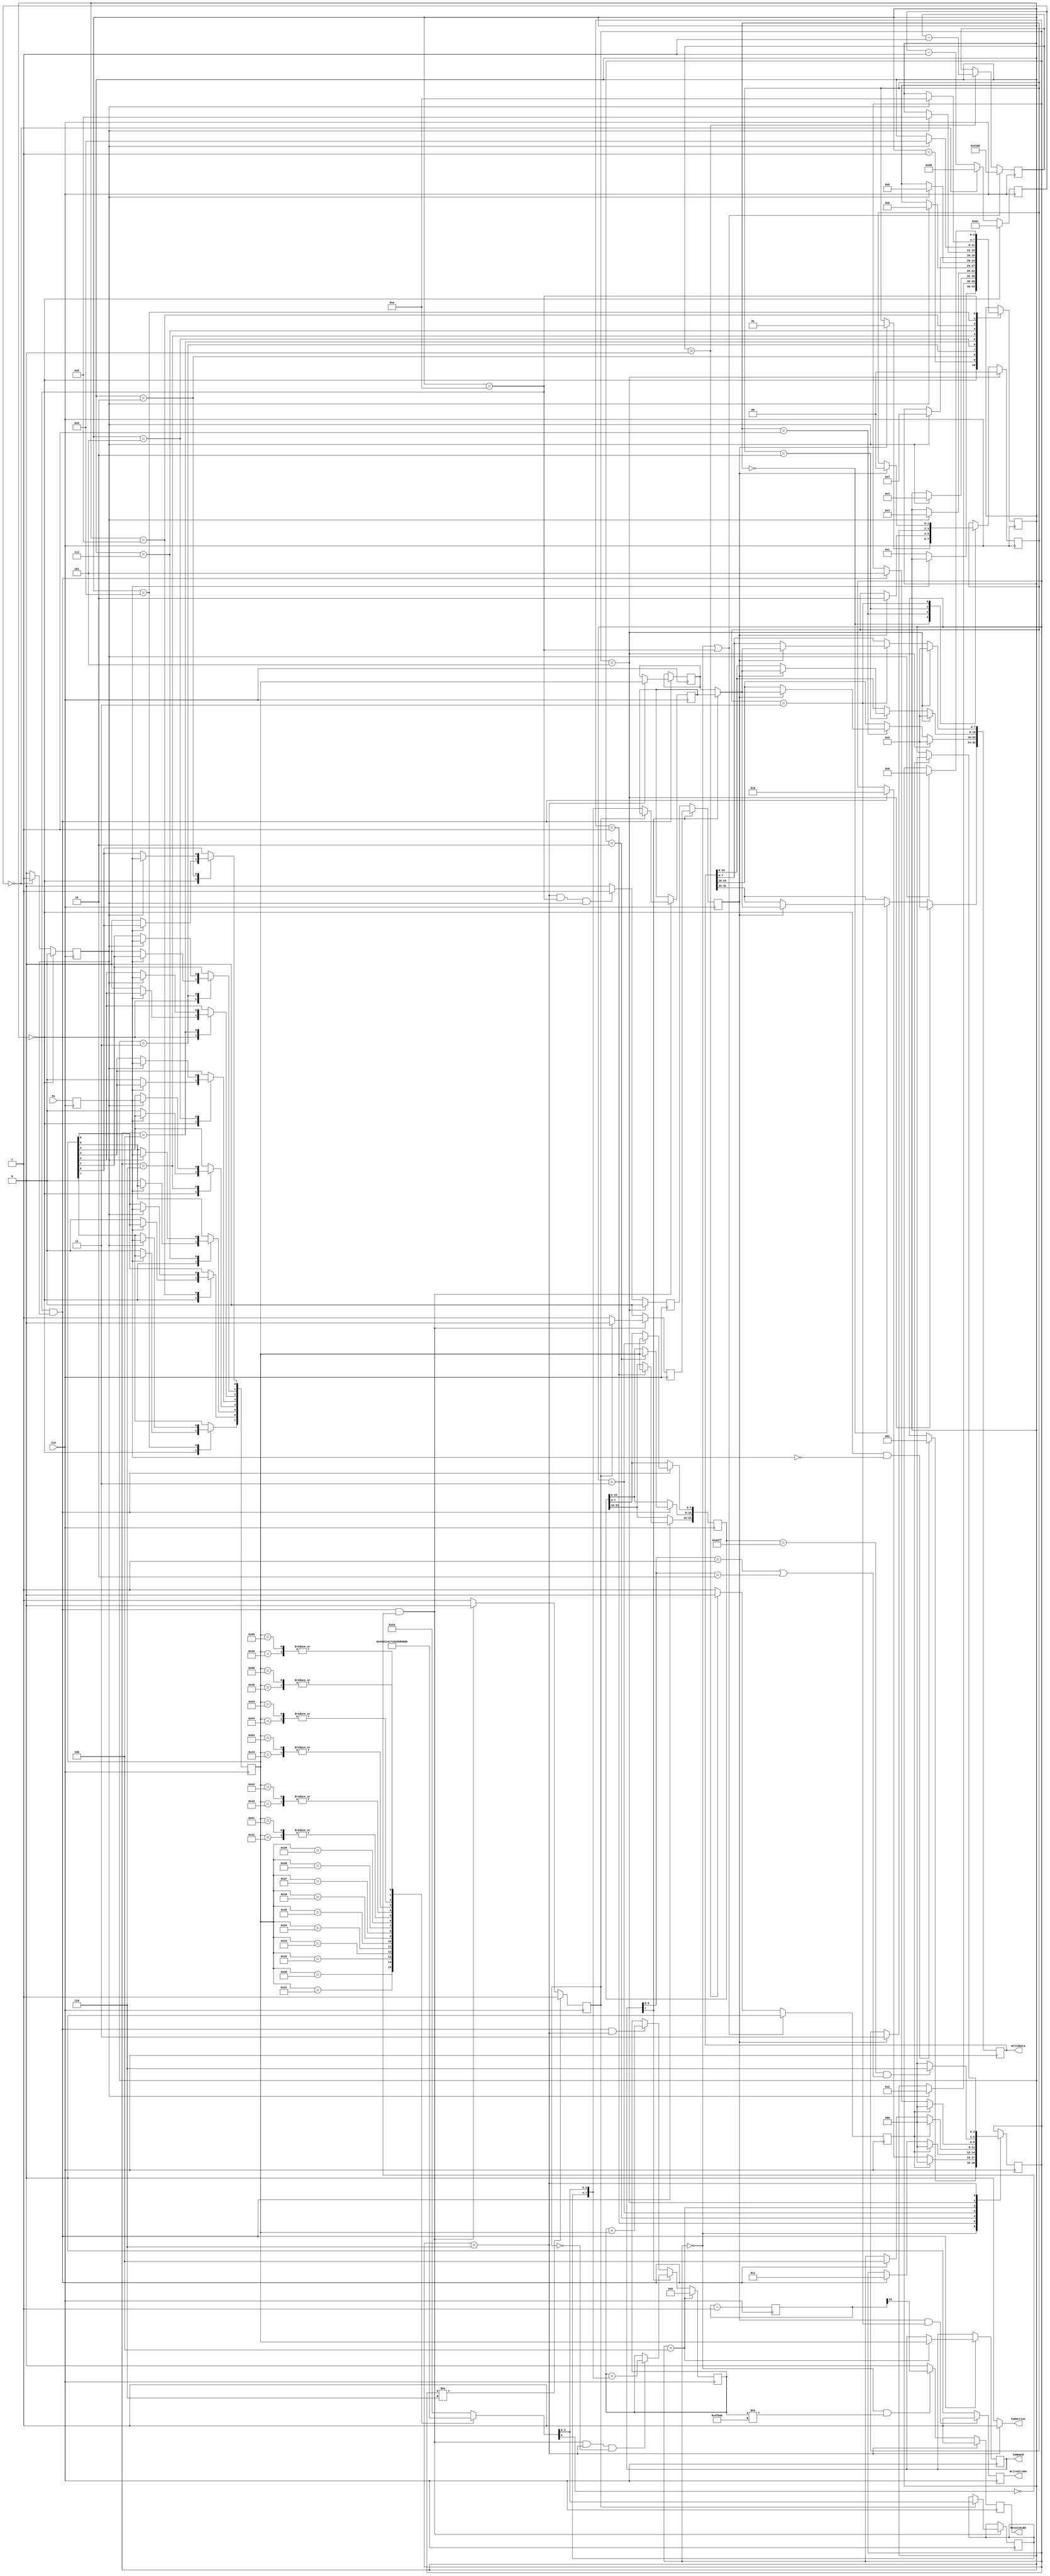
module config_UART #(
	parameter Mode = 0, // [0:auto|1:hex|2:bin] auto selects between ASCII-Hex and binary mode and takes a bit more logic, 
						// bin is for faster binary mode, but might not work on all machines/boards
						// auto uses the MSB in the command byte (the 8th byte in the comload header) to set the mode
						// "1//- ////" is for hex mode, "0//- ////" for bin mode
	parameter ComRate = 217 // ComRate = f_CLK / Boud_rate (e.g., 25 MHz/115200 Boud = 217)
) (
	input CLK,
	input Rx,
	output reg [31:0] WriteData,
	output ComActive,
	output reg WriteStrobe,
	output [7:0] Command,
	output reg ReceiveLED
);

	//constant TimeToSendValue : integer := 16777216-1; //200000000;  
	localparam TimeToSendValue = 16777-1; //200000000;  
	//localparam CRC_InitValue = 16'b1111111111111111;
	localparam TestFileChecksum = 20'h4FB00;

	function [4:0] ASCII2HEX;
	input [7:0] ASCII;
	begin
	case (ASCII)
		8'h30: ASCII2HEX = 5'b00000;// 0
		8'h31: ASCII2HEX = 5'b00001;
		8'h32: ASCII2HEX = 5'b00010;
		8'h33: ASCII2HEX = 5'b00011;
		8'h34: ASCII2HEX = 5'b00100;
		8'h35: ASCII2HEX = 5'b00101;
		8'h36: ASCII2HEX = 5'b00110;
		8'h37: ASCII2HEX = 5'b00111;
		8'h38: ASCII2HEX = 5'b01000;
		8'h39: ASCII2HEX = 5'b01001;
		8'h41: ASCII2HEX = 5'b01010;  // A
		8'h61: ASCII2HEX = 5'b01010;  // a
		8'h42: ASCII2HEX = 5'b01011;  // B
		8'h62: ASCII2HEX = 5'b01011;  // b
		8'h43: ASCII2HEX = 5'b01100;  // C
		8'h63: ASCII2HEX = 5'b01100;  // c
		8'h44: ASCII2HEX = 5'b01101;  // D
		8'h64: ASCII2HEX = 5'b01101;  // d
		8'h45: ASCII2HEX = 5'b01110;  // E
		8'h65: ASCII2HEX = 5'b01110;  // e
		8'h46: ASCII2HEX = 5'b01111;  // F
		8'h66: ASCII2HEX = 5'b01111;  // f
		default: ASCII2HEX = 5'b10000;   // The MSB encodes if there was an unknown code -> error
	endcase
	end
	endfunction

	//typedef enum{HighNibble, LowNibble} ReceiveStateType; //systemverilog
	localparam HighNibble = 1, LowNibble = 0;
	//ReceiveStateType ReceiveState;
	reg ReceiveState = HighNibble;
	reg [3:0] HighReg;
	wire [4:0] HexValue; // a 1'b0 MSB indicates a valid value on [3..0]
	reg [7:0] HexData; // the received byte in hexmode mode
	reg HexWriteStrobe; // we received two hex nibles and have a result byte

	reg [11:0] ComCount;
	reg ComTick;
	//typedef enum{WaitForStartBit, DelayAfterStartBit, GetBit0, GetBit1, GetBit2, GetBit3, GetBit4, GetBit5, GetBit6, GetBit7, GetStopBit} ComStateType;
	//ComStateType ComState;
	localparam WaitForStartBit=0, DelayAfterStartBit=1, GetBit0=2, GetBit1=3, GetBit2=4, GetBit3=5, GetBit4=6, GetBit5=7, GetBit6=8, GetBit7=9, GetStopBit=10;
	reg [3:0] ComState = WaitForStartBit;
	reg [7:0] ReceivedWord;
	reg RxLocal;

	//signal W0, W1, W2, W3, W4, W5, W6, W7 : std_logic_vector(7 downto 0);

	reg [23:0] ID_Reg;
	reg [31:0] Start_Reg;
	reg [15:0] Size_Reg;
	reg [15:0] CRC_Reg;
	reg [7:0] Command_Reg;
	reg [7:0] Data_Reg;

	wire [7:0] ReceivedByte;

	reg TimeToSend;
	reg [14:0] TimeToSendCounter;

	//typedef enum{Idle, GetID_00, GetID_AA, GetID_FF, GetCommand, EvalCommand, GetData} PresentType;
	//PresentType PresentState;
	localparam Idle=0, GetID_00=1, GetID_AA=2, GetID_FF=3, GetCommand=4, EvalCommand=5, GetData=6;
	reg [2:0] PresentState = Idle;

	//typedef enum{Word0, Word1, Word2, Word3} GetWordType;
	//GetWordType GetWordState;
	localparam Word0=0, Word1=1, Word2=2, Word3=3;
	reg [1:0] GetWordState=Word0;

	reg LocalWriteStrobe;

	reg ByteWriteStrobe;

	//wire [31:0] Data_Reg32;

	//wire [15:0] Word_Count;

	reg [19:0] CRCReg,b_counter;
	//wire [7:0] ReceivedWordDebug;
	reg [22:0] blink;

	initial begin
	CRCReg = TestFileChecksum;
	b_counter = TestFileChecksum;
	blink = 23'b00000000000000000000000;
	end

	always @ (posedge CLK)
	begin : P_sync
		RxLocal <= Rx;
	end// CLK;

	always @ (posedge CLK)
	begin : P_com_en
		if (ComState == WaitForStartBit) begin
			ComCount <= ComRate/2;// @ 25 MHz
			ComTick <= 1'b0;
		end else if (ComCount==0) begin
			ComCount <= ComRate;
			ComTick <= 1'b1;
		end else begin
			ComCount <= ComCount - 1;
			ComTick <= 1'b0;
		end
	end

	always @ (posedge CLK)
	begin : P_COM
		case(ComState)
		WaitForStartBit: begin
			if (RxLocal==1'b0) begin
				ComState <= DelayAfterStartBit;
				ReceivedWord <= 0;
			end
		end
		DelayAfterStartBit: begin
			if (ComTick==1'b1) begin
				ComState <= GetBit0;
			end
		end
		GetBit0: begin
			if (ComTick==1'b1) begin
				ComState <= GetBit1;
				ReceivedWord[0] <= RxLocal;
			end
		end
		GetBit1: begin
			if (ComTick==1'b1) begin
				ComState <= GetBit2;
				ReceivedWord[1] <= RxLocal;
			end
		end
		GetBit2: begin
			if (ComTick==1'b1) begin
				ComState <= GetBit3;
				ReceivedWord[2] <= RxLocal;
			end
		end
		GetBit3: begin
			if (ComTick==1'b1) begin
				ComState <= GetBit4;
				ReceivedWord[3] <= RxLocal;
			end
		end
		GetBit4: begin
			if (ComTick==1'b1) begin
				ComState <= GetBit5;
				ReceivedWord[4] <= RxLocal;
			end
		end
		GetBit5: begin
			if (ComTick==1'b1) begin
				ComState <= GetBit6;
				ReceivedWord[5] <= RxLocal;
			end
		end
		GetBit6: begin
			if (ComTick==1'b1) begin
				ComState <= GetBit7;
				ReceivedWord[6] <= RxLocal;
			end
		end
		GetBit7: begin
			if (ComTick==1'b1) begin
				ComState <= GetStopBit;
				ReceivedWord[7] <= RxLocal;
			end
		end
		GetStopBit: begin
			if (ComTick==1'b1) begin
				ComState <= WaitForStartBit;
			end
		end
		endcase
// scan order:
// <-to_modules_scan_in <- LSB_W0..MSB_W0 <- LSB_W1.... <- LSB_W7 <- from_modules_scan_out
// W8(7..1)
		if (ComState==GetStopBit && ComTick==1'b1) begin
			case (PresentState)
				GetID_00: ID_Reg[23:16] <= ReceivedWord;
				GetID_AA: ID_Reg[15:8] <= ReceivedWord;
				GetID_FF: ID_Reg[7:0] <= ReceivedWord;
//         when GetSize0 => Size_Reg(15 downto 8) <= ReceivedWord;
//         when GetSize1 => Size_Reg(7 downto 0) <= ReceivedWord;
//         when GetCRC_H => CRC_Reg(15 downto 8) <= ReceivedWord;
//         when GetCRC_L => CRC_Reg(7 downto 0) <= ReceivedWord;
				GetCommand: Command_Reg <= ReceivedWord;
				GetData: Data_Reg <= ReceivedWord;
			endcase
		end
	end//CLK

	always @(posedge CLK)
	begin : P_FSM
		case(PresentState)
		Idle: begin
			if (ComState==WaitForStartBit && RxLocal==1'b0) begin 
				PresentState <= GetID_00;
			end
		end
		GetID_00: begin
			if (TimeToSend==1'b1) begin 
				PresentState<=Idle;
			end else if (ComState==GetStopBit && ComTick==1'b1) begin
				PresentState <= GetID_AA;
			end
		end
		GetID_AA: begin
			if (TimeToSend==1'b1) begin
				PresentState<=Idle;
			end else if (ComState==GetStopBit && ComTick==1'b1) begin
				PresentState <= GetID_FF;
			end
		end
		GetID_FF: begin
			if (TimeToSend==1'b1) begin
				PresentState<=Idle;
			end else if (ComState==GetStopBit && ComTick==1'b1) begin 
				PresentState <= GetCommand;
			end
		end
//		GetSize1:
//        if TimeToSend=1'b1 begin PresentState<=Idle;
//        elsif ComState=GetStopBit && ComTick=1'b1 begin PresentState <= GetSize0; end if;
//		GetSize0:
//        if TimeToSend=1'b1 begin PresentState<=Idle;
//        elsif ComState=GetStopBit && ComTick=1'b1 begin PresentState <= GetCommand; end if;
		GetCommand: begin
			if (TimeToSend==1'b1) begin
				PresentState<=Idle;
			end else if (ComState==GetStopBit && ComTick==1'b1) begin 
				PresentState <= EvalCommand;
			end
		end
		EvalCommand: begin
			if (ID_Reg==24'h00AAFF && (Command_Reg[6:0]=={3'b000,4'h1} || Command_Reg[6:0]=={3'b000,4'h2})) begin
				PresentState <= GetData;
			end else begin
				PresentState <= Idle;
			end
		end
		GetData: begin
			if (TimeToSend==1'b1) begin 
				PresentState<=Idle; 
			end
		end
		endcase
	end//CLK
	assign Command = Command_Reg;

	if (Mode==0 || Mode==1) begin : L_hexmode// mode [0:auto|1:hex|2:bin]
		assign HexValue = ASCII2HEX(ReceivedWord);
		always @ (posedge CLK)
		begin
			if (PresentState!=GetData) begin
				ReceiveState <= HighNibble;
			end else if (ComState==GetStopBit && ComTick==1'b1 && HexValue[4]==1'b0) begin
				if(ReceiveState==HighNibble) begin
					ReceiveState <= LowNibble;
				end
			end else begin
			  ReceiveState <= HighNibble;
			end
		//end// CLK
			if (ComState==GetStopBit && ComTick==1'b1 && HexValue[4]==1'b0) begin
				if(ReceiveState==HighNibble) begin
					HighReg <= HexValue[3:0];
					HexWriteStrobe <= 1'b0;
				end else begin// LowNibble
					HexData <= {HighReg,HexValue[3:0]};
					HexWriteStrobe <= 1'b1;
				end
			end else begin
				HexWriteStrobe <= 1'b0;
			end
		end// CLK
	end

	always @(posedge CLK)
	begin : P_checksum
		if (PresentState==GetCommand) begin // init before data arrives 
			CRCReg <= 0;
			b_counter <= 0;
		end else if (Mode==1 || (Mode==0 && Command_Reg[7]==1'b1)) begin // mode [0:auto|1:hex|2:bin]
			// if hex mode or if auto mode with detected hex mode in the command register
			if (ComState==GetStopBit && ComTick==1'b1 && HexValue[4]==1'b0 && PresentState==GetData && ReceiveState==LowNibble) begin
				CRCReg <= CRCReg + {HighReg,HexValue[3:0]};
				b_counter <= b_counter+1;
			end
		end else begin// binary mode
			if (ComState==GetStopBit && ComTick==1'b1 && (PresentState==GetData)) begin
				CRCReg <= CRCReg + ReceivedWord;
				b_counter <= b_counter +1;
			end
		end// checksum computation

		if (PresentState==GetData) begin
			ReceiveLED <= 1'b1; // receive process in progress
		end else if ((PresentState==Idle) && (CRCReg!=TestFileChecksum)) begin
			//ReceiveLED <= blink(blink'high);
			ReceiveLED <= blink[22];
		end else begin
			ReceiveLED <= 1'b0; // receive process was OK
		end

		blink <= blink-1;

	end //CLK

	always @(posedge CLK)
	begin : P_bus
		if (PresentState==EvalCommand) begin
			LocalWriteStrobe <= 1'b0;
		end else if (PresentState==GetData && ComState==GetStopBit && ComTick==1'b1) begin
			LocalWriteStrobe <= 1'b1;
		end else begin
			LocalWriteStrobe <= 1'b0;
		end

		if (Mode==2 || (Mode==0 && Command_Reg[7]==1'b0)) begin // mode [0:auto|1:hex|2:bin]
		// if binary mode or if auto mode with detected binary mode in the command register
			ByteWriteStrobe <= LocalWriteStrobe; // delay Strobe to ensure that data is valid when applying CLK
													// should further prevent glitches in ICAP CLK
		end else begin
			ByteWriteStrobe <= HexWriteStrobe;
		end
	end// CLK

	always @(posedge CLK)
	begin : P_WordMode
		if (PresentState==EvalCommand) begin
			GetWordState <= Word0;
			WriteData <= 0;
		end else begin
			case(GetWordState)
			Word0: begin
				if (ByteWriteStrobe==1'b1) begin
					WriteData[31:24] <= ReceivedByte;
					GetWordState <= Word1;
				end
			end
			Word1: begin
				if (ByteWriteStrobe==1'b1) begin
					WriteData[23:16] <= ReceivedByte;
					GetWordState <= Word2;
				end
			end
			Word2: begin
				if (ByteWriteStrobe==1'b1) begin
					WriteData[15:8] <= ReceivedByte;
					GetWordState <= Word3;
				end
			end
			Word3: begin
				if (ByteWriteStrobe==1'b1) begin
					WriteData[7:0] <= ReceivedByte;
					GetWordState <= Word0;
				end
			end
			endcase
		end

		if (ByteWriteStrobe==1'b1 && GetWordState==Word3) begin
			WriteStrobe <= 1'b1;
		end else begin
			WriteStrobe <= 1'b0;
		end
	end// CLK

	//ComLoaderActive <= 1'b0;
	assign ReceivedByte = (Mode==2 || (Mode==0 && Command_Reg[7]==1'b0)) ? Data_Reg : HexData; // mode [0:auto|1:hex|2:bin]
	// if binary mode or if auto mode with detected binary mode in the command register
	// ReceivedWordDebug <= Data_Reg when (Mode="bin" OR (Mode="auto" && Command_Reg(7)=1'b0)) else HexData;
	assign ComActive = (PresentState==GetData) ? 1'b1 : 1'b0;

	always @(posedge CLK)
	begin : P_TimeOut
		if (PresentState==Idle || ComState==GetStopBit) begin
		//Init TimeOut
			TimeToSendCounter <= TimeToSendValue;
			TimeToSend <= 1'b0;
		end else if (TimeToSendCounter>0) begin
			TimeToSendCounter <= TimeToSendCounter - 1;
			TimeToSend <= 1'b0;
		end else begin
			TimeToSendCounter <= TimeToSendCounter;
			TimeToSend <= 1'b1; // force FSM to go back to idle when inactive
		end
	end//CLK

endmodule